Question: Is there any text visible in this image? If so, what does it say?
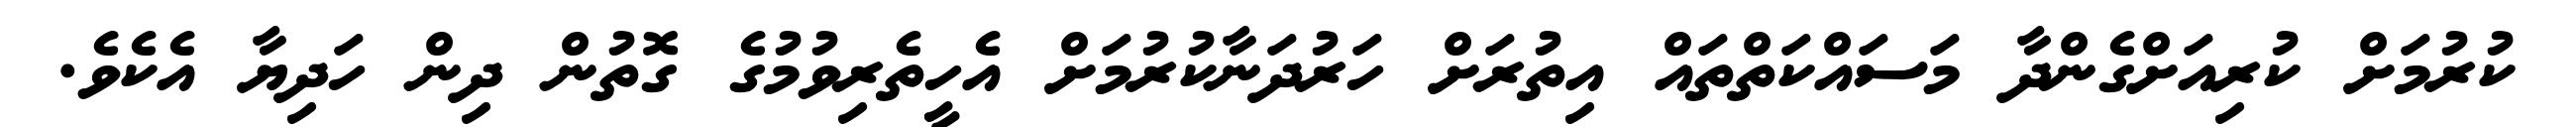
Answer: ކުރުމަށް ކުރިއަށްގެންދާ މަސައްކަތްތައް އިތުރަށް ހަރުދަނާކުރުމަށް އެހީތެރިވުމުގެ ގޮތުން ދިން ހަދިޔާ އެކެވެ.